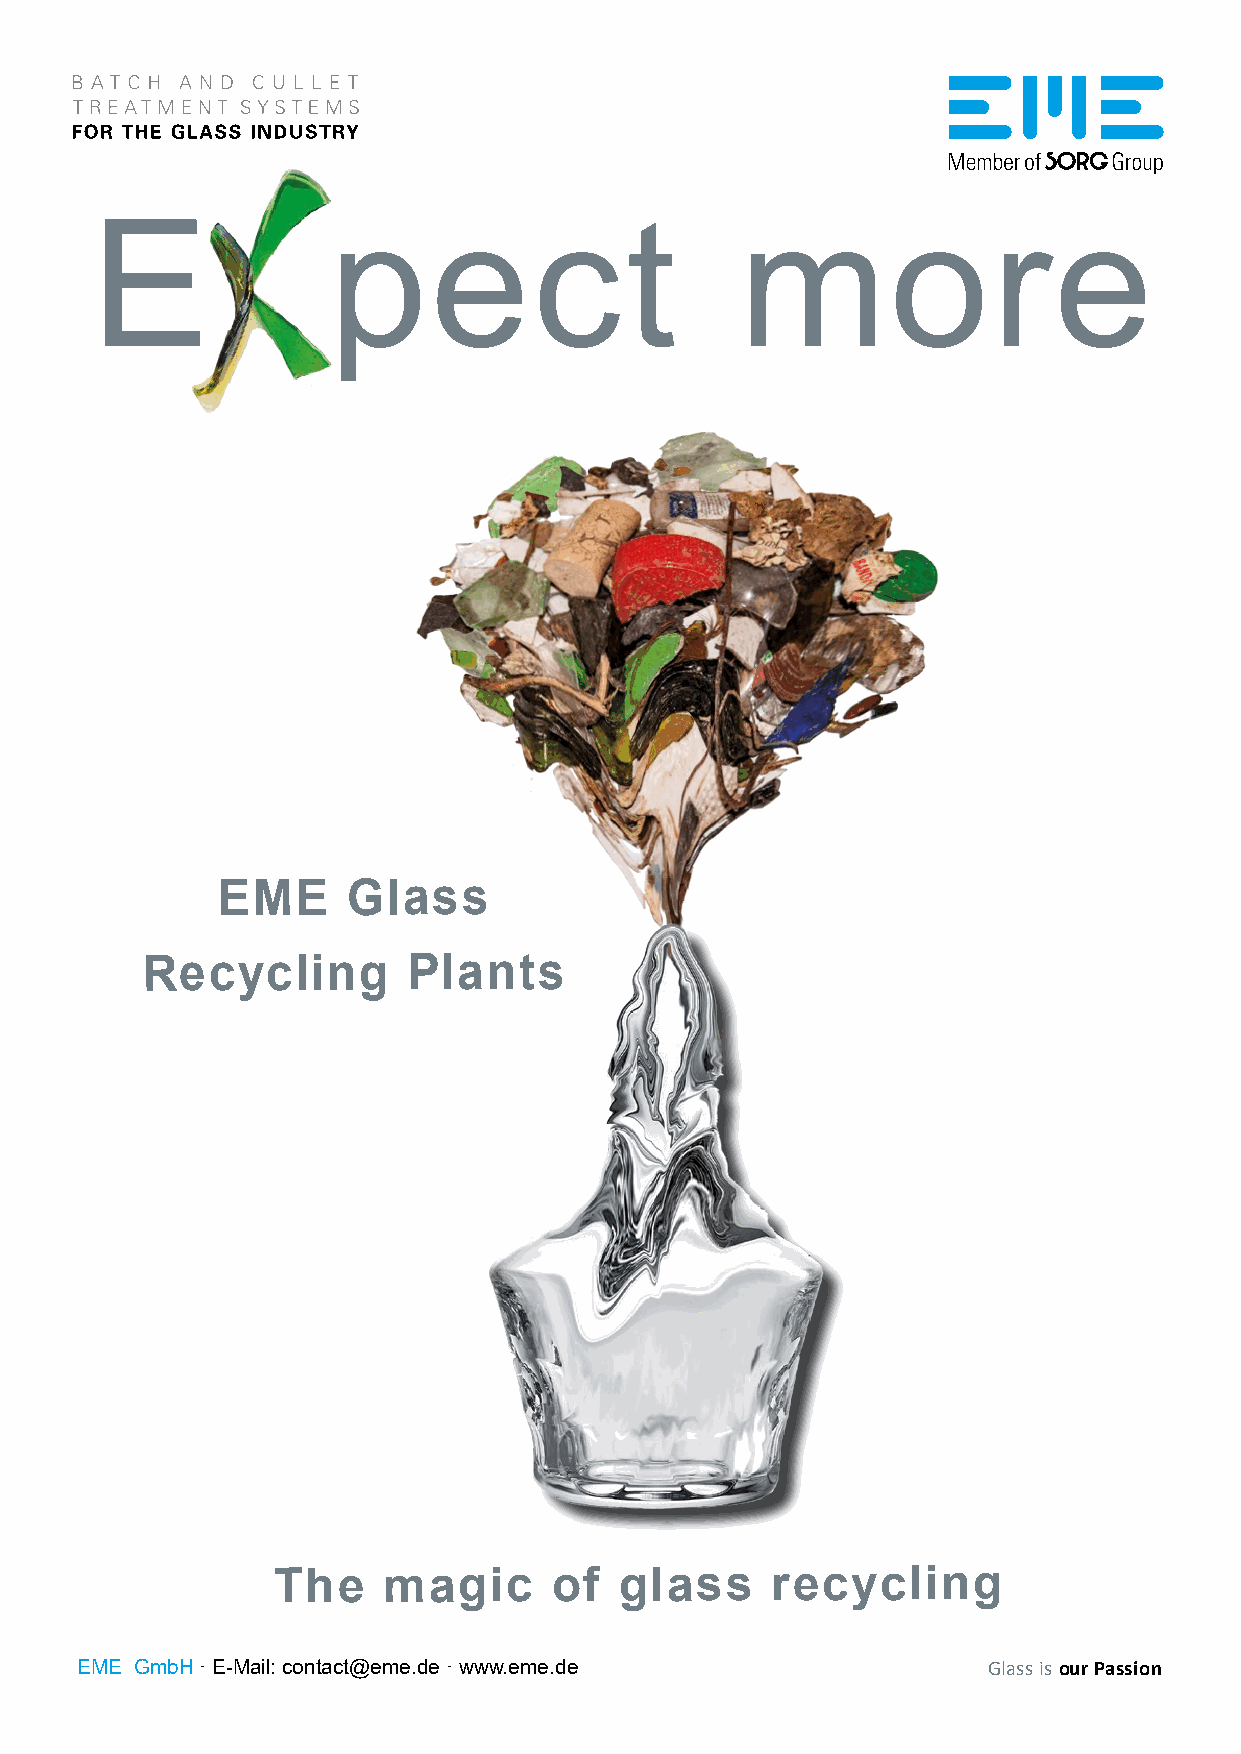
E               pect                       more
 EME      Glass
 Recycling         Plants
 The    magic       of  glass     recycling
 EME GmbH · E-Mail: contact@eme.de · www.eme.de              Glass is our Passion